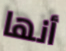
أنها